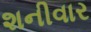
શનીવાર